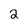
Character: 2